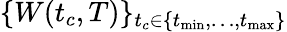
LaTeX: \{ W(t_{c},T)\} _{t_{c}\in\{ t_{\operatorname*{min}},\dots,t_{\operatorname*{max}}\} }